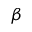
\beta